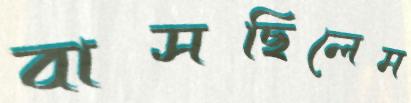
বাসছিলেম